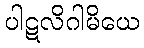
ပါဋလိဂါမိယေ